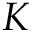
K